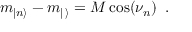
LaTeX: m _ { | n \rangle } - m _ { | \, \rangle } = M \cos ( \nu _ { n } ) \, \, \, .